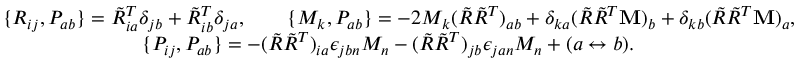
\begin{array} { r } { \{ R _ { i j } , P _ { a b } \} = \tilde { R } _ { i a } ^ { T } \delta _ { j b } + \tilde { R } _ { i b } ^ { T } \delta _ { j a } , \qquad \{ M _ { k } , P _ { a b } \} = - 2 M _ { k } ( \tilde { R } \tilde { R } ^ { T } ) _ { a b } + \delta _ { k a } ( \tilde { R } \tilde { R } ^ { T } { \bf M } ) _ { b } + \delta _ { k b } ( \tilde { R } \tilde { R } ^ { T } { \bf M } ) _ { a } , } \\ { \{ P _ { i j } , P _ { a b } \} = - ( \tilde { R } \tilde { R } ^ { T } ) _ { i a } \epsilon _ { j b n } M _ { n } - ( \tilde { R } \tilde { R } ^ { T } ) _ { j b } \epsilon _ { j a n } M _ { n } + ( a \leftrightarrow b ) . \qquad \qquad \qquad \qquad } \end{array}